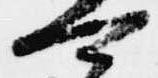
可